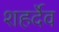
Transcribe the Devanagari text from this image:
शहर्देव